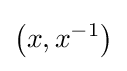
\left(x,x^{-1}\right)